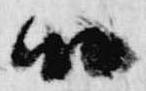
候